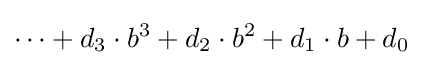
\cdots +d_{3}\cdot b^{3}+d_{2}\cdot b^{2}+d_{1}\cdot b+d_{0}